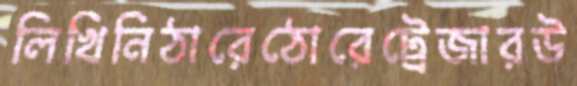
লিখিনিঠারেঠোরেট্রেজারউ